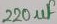
Text: 220µF